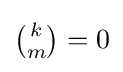
{\begin{matrix}{k \choose m}=0\end{matrix}}